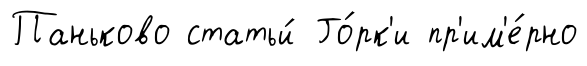
Паньково статьи́ Го́рк'и пр'им'е́рно